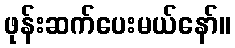
ဖုန်းဆက်ပေးမယ်နော်။